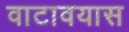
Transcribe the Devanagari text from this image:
वाटावयास